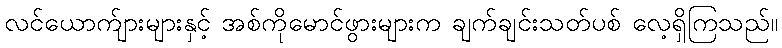
လင်ယောက်ျားများနှင့် အစ်ကိုမောင်ဖွားများက ချက်ချင်းသတ်ပစ် လေ့ရှိကြသည်။